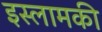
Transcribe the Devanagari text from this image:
इस्लामकी